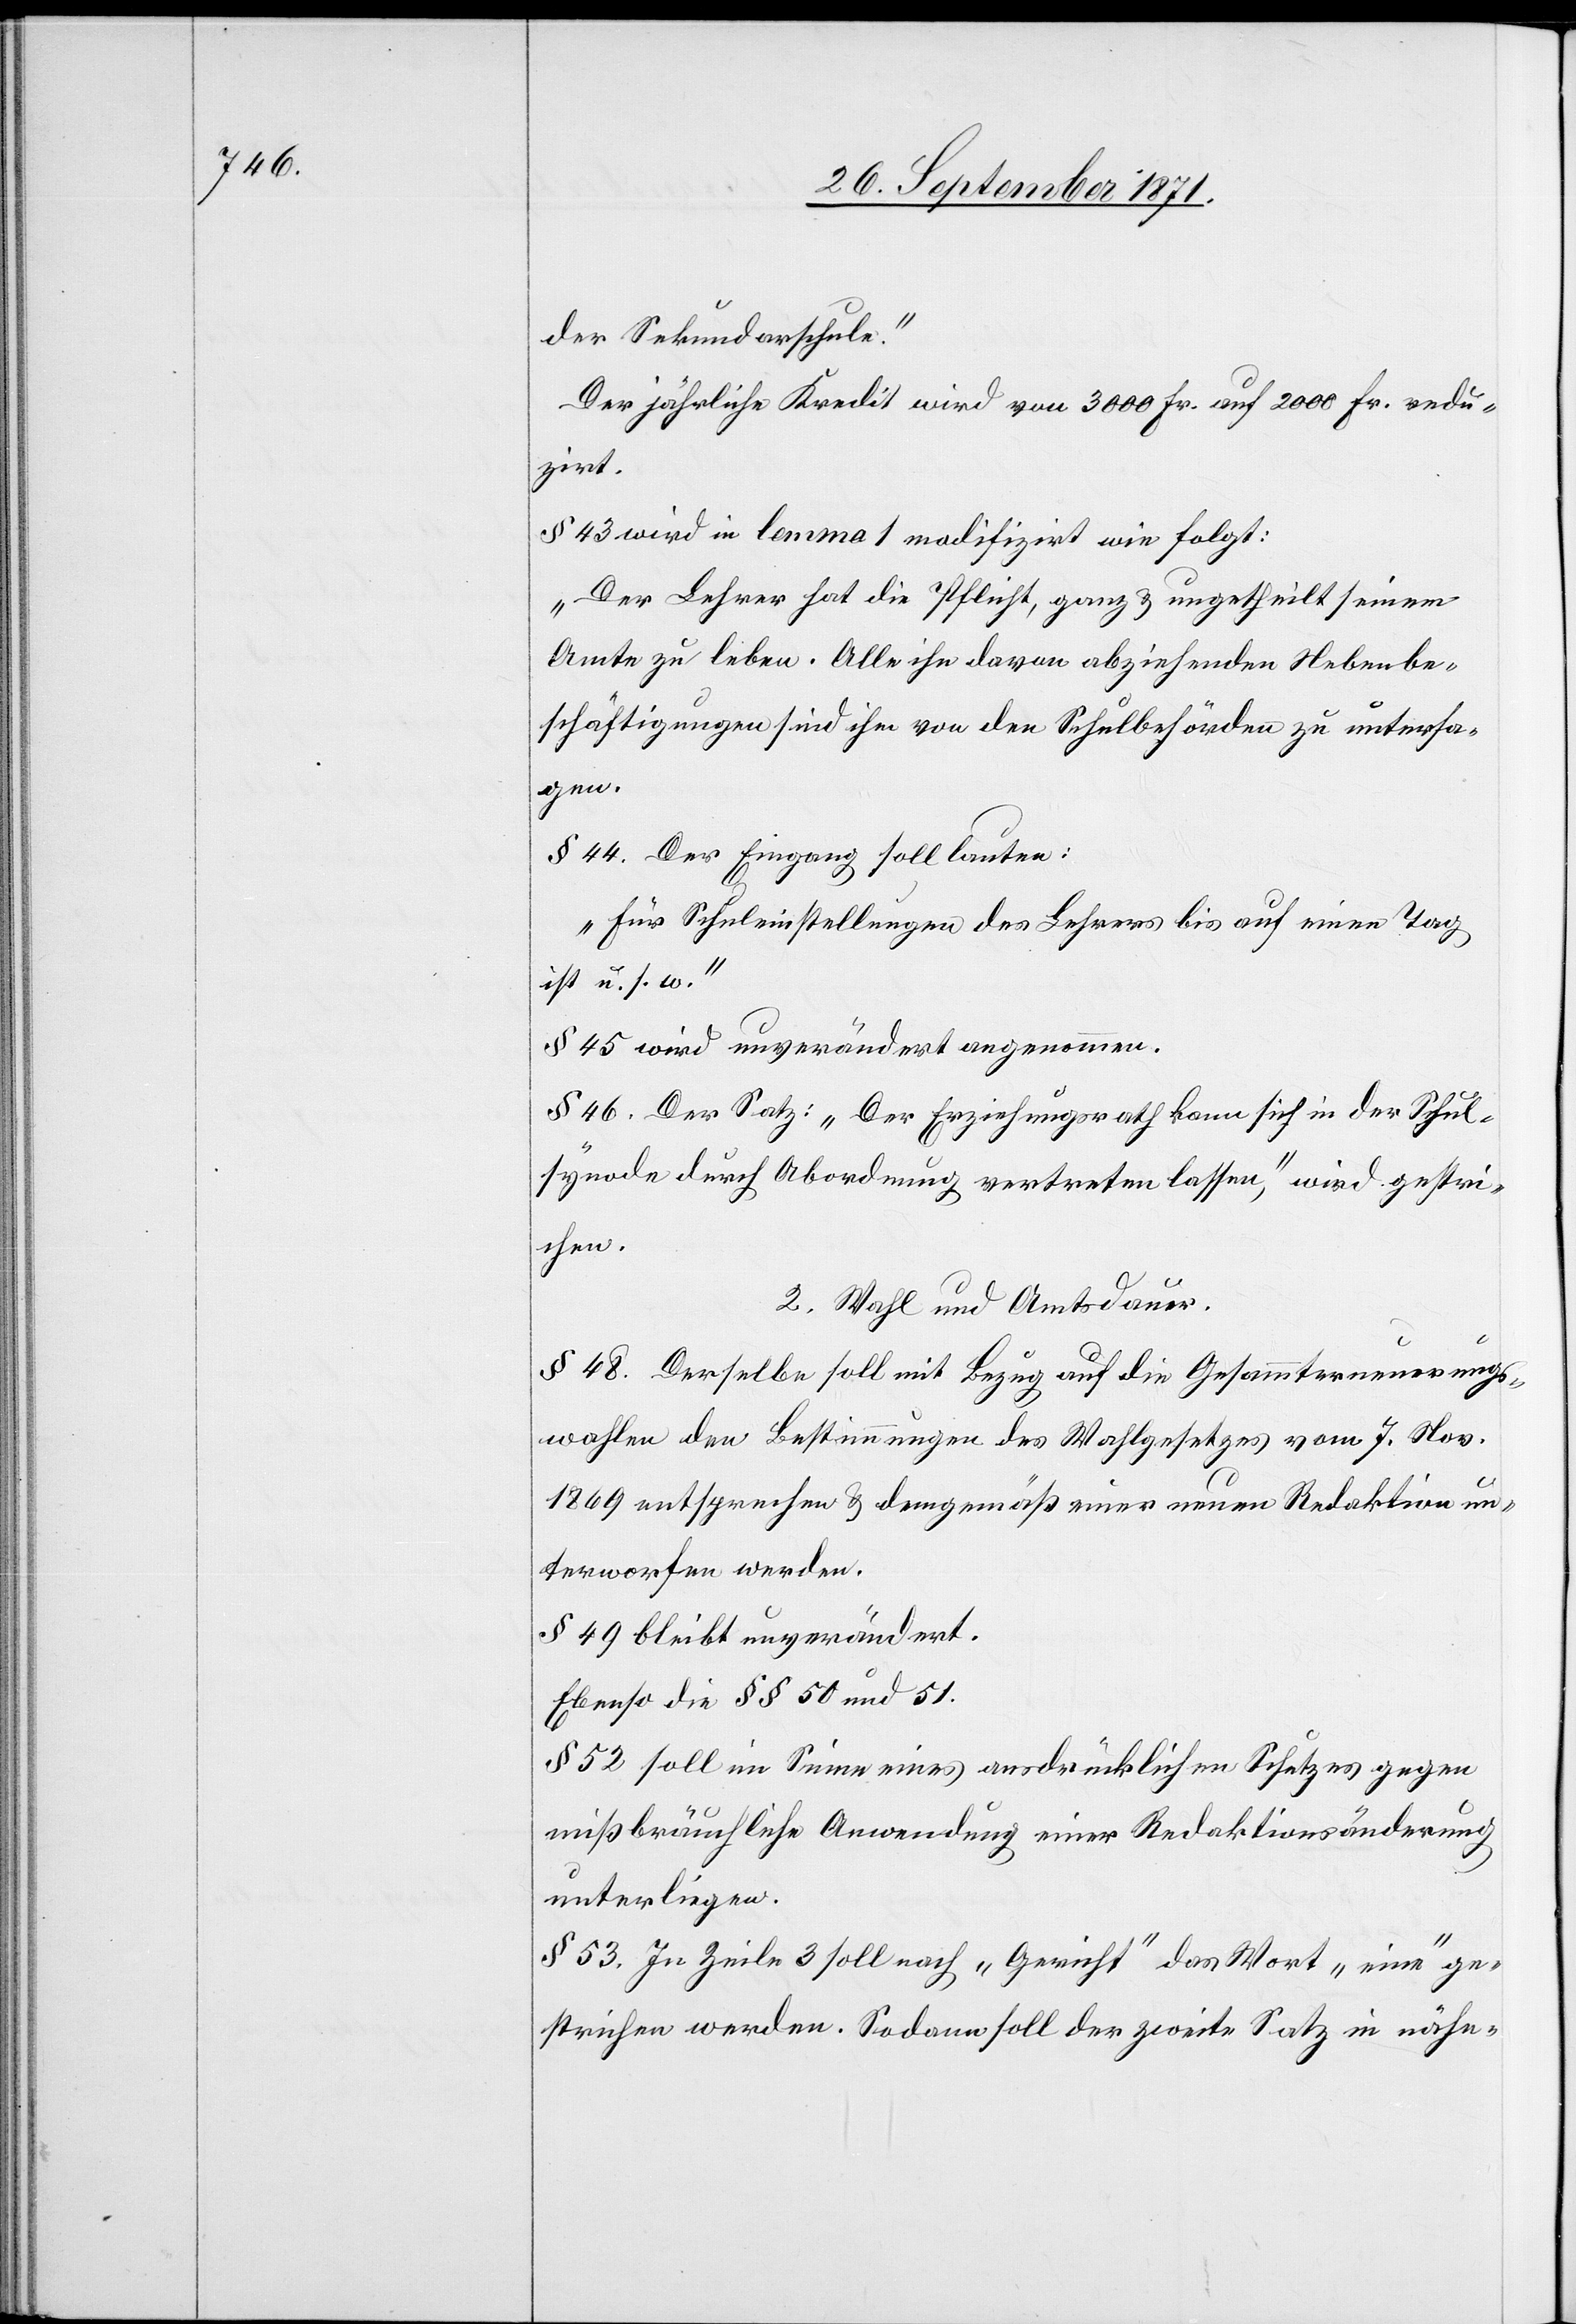
der Sekundarschule.“
Der jährliche Kredit wird von 3000 Fr. auf 2000 Fr. redu¬
zirt.
§ 43 wird in lemma 1 modifizirt wie folgt:
„Der Lehrer hat die Pflicht, ganz & ungetheilt seinem
Amte zu leben. Alle ihn davon abziehenden Nebenbe¬
schäftigungen sind ihm von den Schulbehörden zu untersa¬
gen.[“]
§ 44. Der Eingang soll lauten:
„Für Schuleinstellungen des Lehrers bis auf einen Tag
ist u. s. w.“
§ 45 wird unverändert angenommen.
§ 46. Der Satz: „Der Erziehungsrath kann sich in der Schul¬
synode durch Abordnung vertreten lassen,“ wird gestri¬
chen.
2. Wahl und Amtsdauer.
§ 48. Derselbe soll mit Bezug auf die Gesammterneuerungs¬
wahlen den Bestimmungen des Wahlgesetzes vom 7. Nov.
1869 entsprechen & demgemäß einer neuen Redaktion un¬
terworfen werden.
§ 49 bleibt unverändert.
Ebenso die §§ 50 und 51.
§ 52 soll im Sinne eines ausdrücklichen Schutzes gegen
missbräuchliche Anwendung einer Redaktionsänderung
unterliegen.
§ 53. In Zeile 3 soll nach „Gericht“ das Wort „eine“ ge¬
strichen werden. Sodann soll der zweite Satz in nähe-